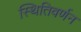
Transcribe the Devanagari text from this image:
स्थितिवर्णन